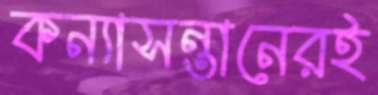
কন্যাসন্তানেরই